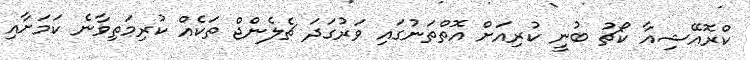
ކްރޮއޭޝިއާ ކޯޗު ބުނީ ކުރިއަށް އޮތްތަނުގައި ވަރުގަދަ ޗެލެންޖް ތަކެއް ކުރިމަތިވާނެ ކަމަށާއި